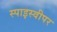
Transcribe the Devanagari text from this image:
स्पाइस्वीपर